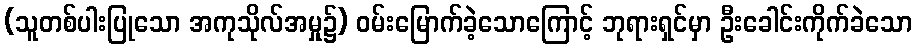
(သူတစ်ပါးပြုသော အကုသိုလ်အမှု၌) ဝမ်းမြောက်ခဲ့သောကြောင့် ဘုရားရှင်မှာ ဦးခေါင်းကိုက်ခဲသော